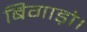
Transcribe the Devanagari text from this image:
बिगाड़ो।